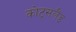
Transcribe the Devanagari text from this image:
कोट्सलैंड